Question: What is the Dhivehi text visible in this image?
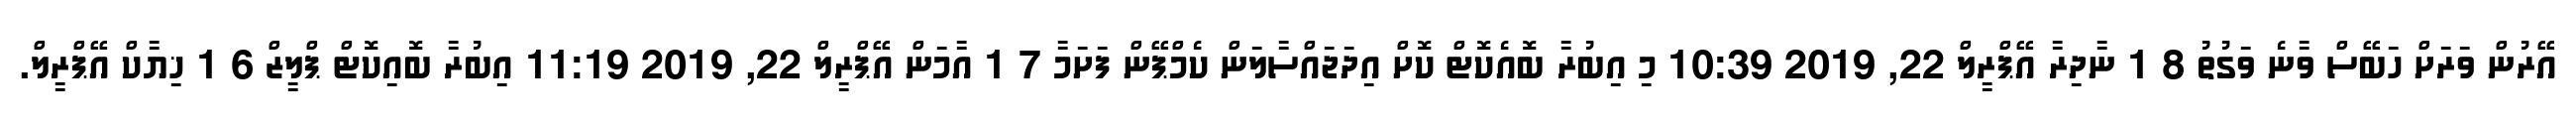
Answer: އޭރުން ވަރަށް ހަބޭސް ވާނެ ވަގުތު 8 1 ނާދިރާ އޭޕްރީލް 22, 2019 10:39 މި އިބުރާ ބޮއެކޮޓް ކޮށް އިދަޖައްސާލަން ކެމްޕޭން ފަށަމާ 7 1 އާމަން އޭޕްރީލް 22, 2019 11:19 އިބުރާ ބޮއިކޮޓް ޕްލީޒް 6 1 ޚިޔާކް އޭޕްރީލް.